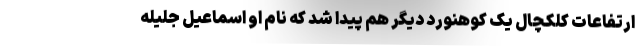
ارتفاعات کلکچال یک کوهنورد دیگر هم پیدا شد که نام او اسماعیل جلیله